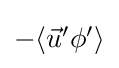
{\textstyle -\langle {\vec {u}}'\phi '\rangle }